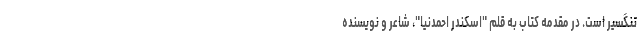
تنگسیر است. در مقدمه کتاب به قلم "اسکندر احمدنیا"، شاعر و نویسنده